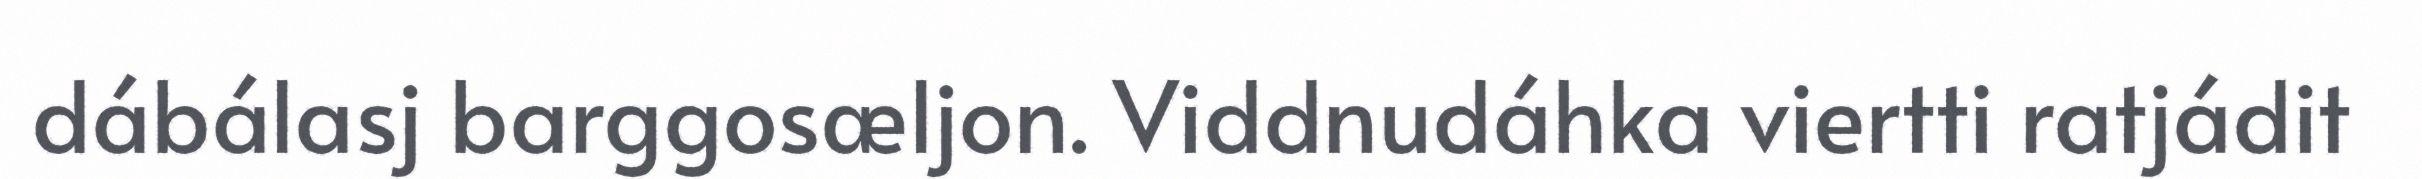
dábálasj barggosæljon. Viddnudáhka viertti ratjádit